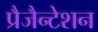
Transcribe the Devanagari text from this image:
प्रैजैन्टेशन